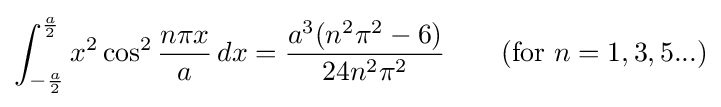
\int _{-{\frac {a}{2}}}^{\frac {a}{2}}x^{2}\cos ^{2}{\frac {n\pi x}{a}}\,dx={\frac {a^{3}(n^{2}\pi ^{2}-6)}{24n^{2}\pi ^{2}}}\qquad {\mbox{(for }}n=1,3,5...{\mbox{)}}